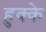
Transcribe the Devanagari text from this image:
हुक्‍के